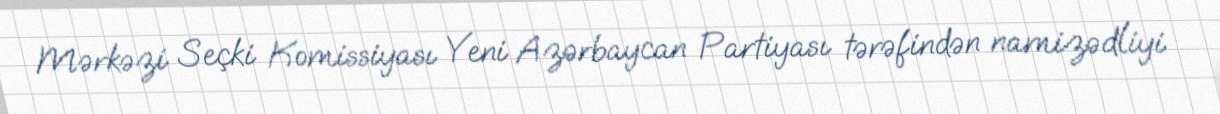
Mərkəzi Seçki Komissiyası Yeni Azərbaycan Partiyası tərəfindən namizədliyi